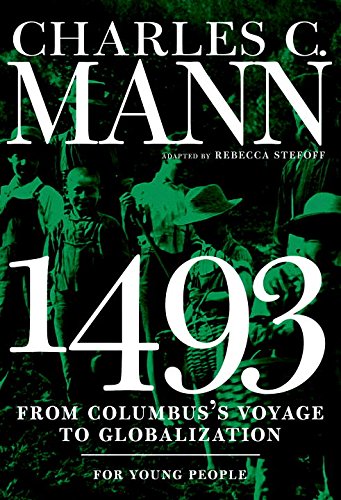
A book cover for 1493 for Young People: From Columbus's Voyage to Globalization (For Young People Series); Charles Mann; Children's Books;